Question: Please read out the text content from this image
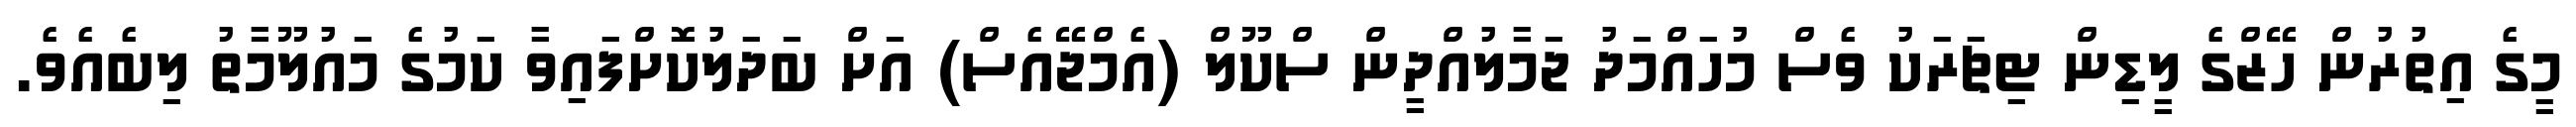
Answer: މީގެ އިތުރުން ހޭޒްގެ ލީޑިން ޓިޗަރަކު ވެސް މުހައްމަދު ޖަމާލުއްދީން ސްކޫލް (އެމްޖޭއެސް) އަށް ބަދަލުކޮށްފައިވާ ކަމުގެ މައުލޫމާތު ލިބެއެވެ.